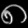
Digit: ၈